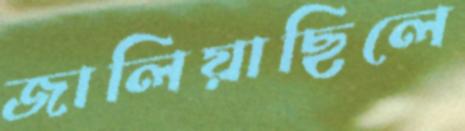
জালিয়াছিলে